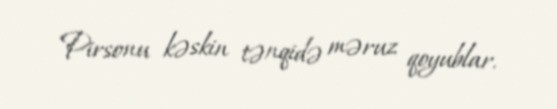
Pirsonu kəskin tənqidə məruz qoyublar.